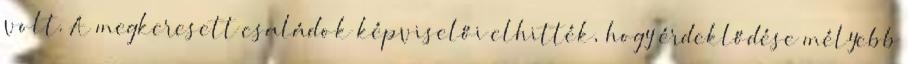
volt. A megkeresett családok képviselői elhitték, hogy érdeklődése mélyebb